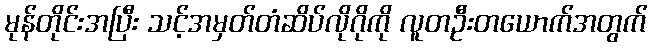
မုန်တိုင်းအပြီး သင့်အမှတ်တံဆိပ်လိုဂိုကို လူတဦးတယောက်အတွက်